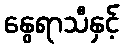
နွေရာသီနှင့်